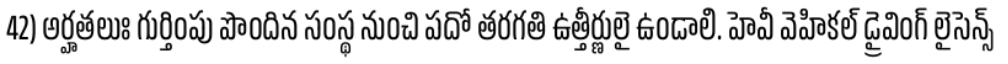
42) అర్హతలుః గుర్తింపు పొందిన సంస్థ నుంచి పదో తరగతి ఉత్తీర్ణులై ఉండాలి. హెవీ వెహికల్ డ్రైవింగ్ లైసెన్స్